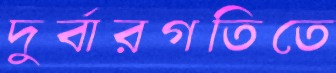
দুর্বারগতিতে